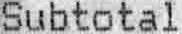
SUBTOTAL